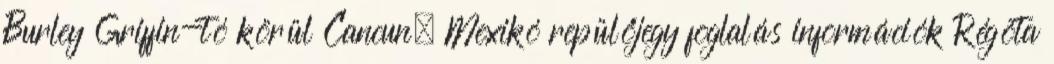
Burley Griffin-tó körül Cancun, Mexikó repülőjegy foglalás információk Régóta